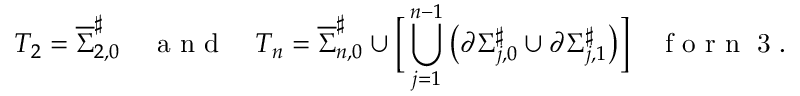
\displaystyle T _ { 2 } = \overline { { \Sigma } } _ { 2 , 0 } ^ { \smash { \scriptstyle \sharp } } \quad \textnormal { a n d } \quad T _ { n } = \overline { { \Sigma } } _ { n , 0 } ^ { \smash { \scriptstyle \sharp } } \cup \bigg [ \bigcup _ { j = 1 } ^ { n - 1 } \big ( \partial \Sigma _ { j , 0 } ^ { \smash { \scriptstyle \sharp } } \cup \partial \Sigma _ { j , 1 } ^ { \smash { \scriptstyle \sharp } } \big ) \bigg ] \quad \textnormal { f o r n \geq 3 } .